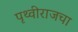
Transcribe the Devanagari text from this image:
पृथ्वीराजचा